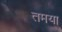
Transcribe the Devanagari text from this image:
तमया